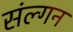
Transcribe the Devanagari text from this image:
संल्गन